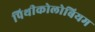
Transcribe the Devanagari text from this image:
पिथीकोलोबियम